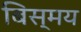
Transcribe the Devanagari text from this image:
बिस्मय